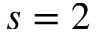
s = 2